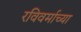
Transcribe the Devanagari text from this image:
रविवर्माच्या